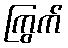
ကြွက်